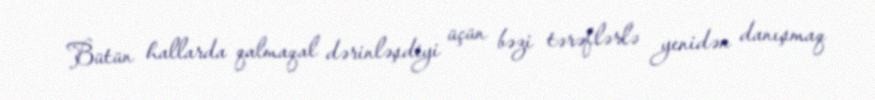
Bütün hallarda qalmaqal dərinləşdiyi üçün bəzi tərəflərlə yenidən danışmaq